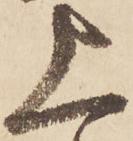
上